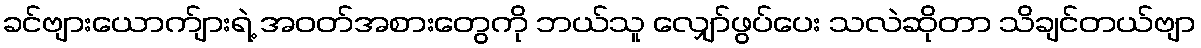
ခင်ဗျားယောက်ျားရဲ့ အဝတ်အစားတွေကို ဘယ်သူ လျှော်ဖွပ်ပေး သလဲဆိုတာ သိချင်တယ်ဗျာ